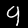
Digit: 9